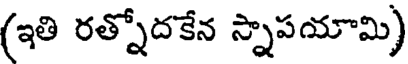
(ఇతి రత్నోదకేన స్నాపయామి)